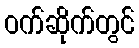
ဝက်ဆိုက်တွင်